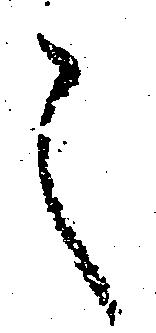
之